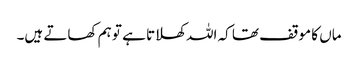
ماں کا موقف تھا کہ اللہ کھلاتا ہے تو ہم کھاتے ہیں۔